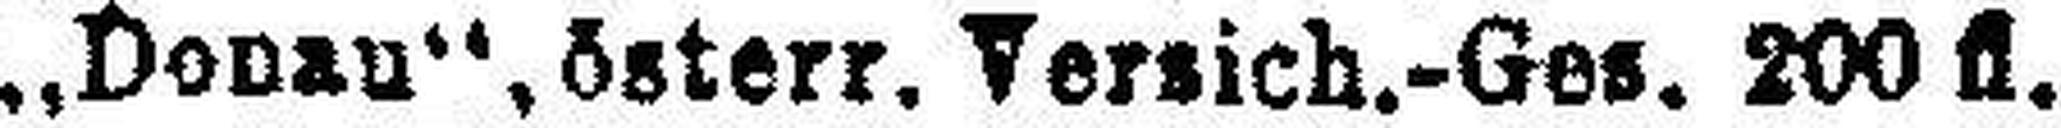
,,Donau“, österr. Versich.-Ges. 200 fl.